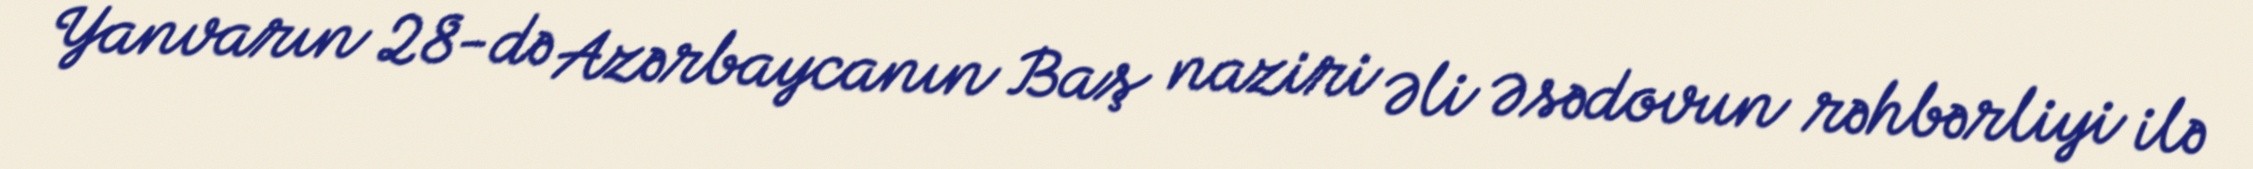
Yanvarın 28-də Azərbaycanın Baş naziri Əli Əsədovun rəhbərliyi ilə